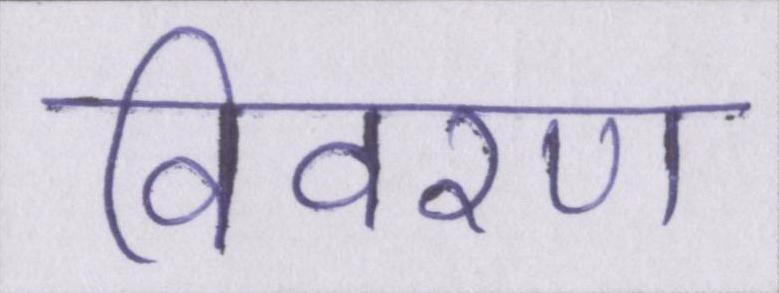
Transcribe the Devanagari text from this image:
विवरण